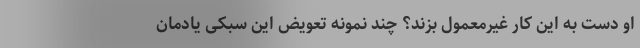
او دست به این کار غیرمعمول بزند؟ چند نمونه تعویض این سبکی یادمان